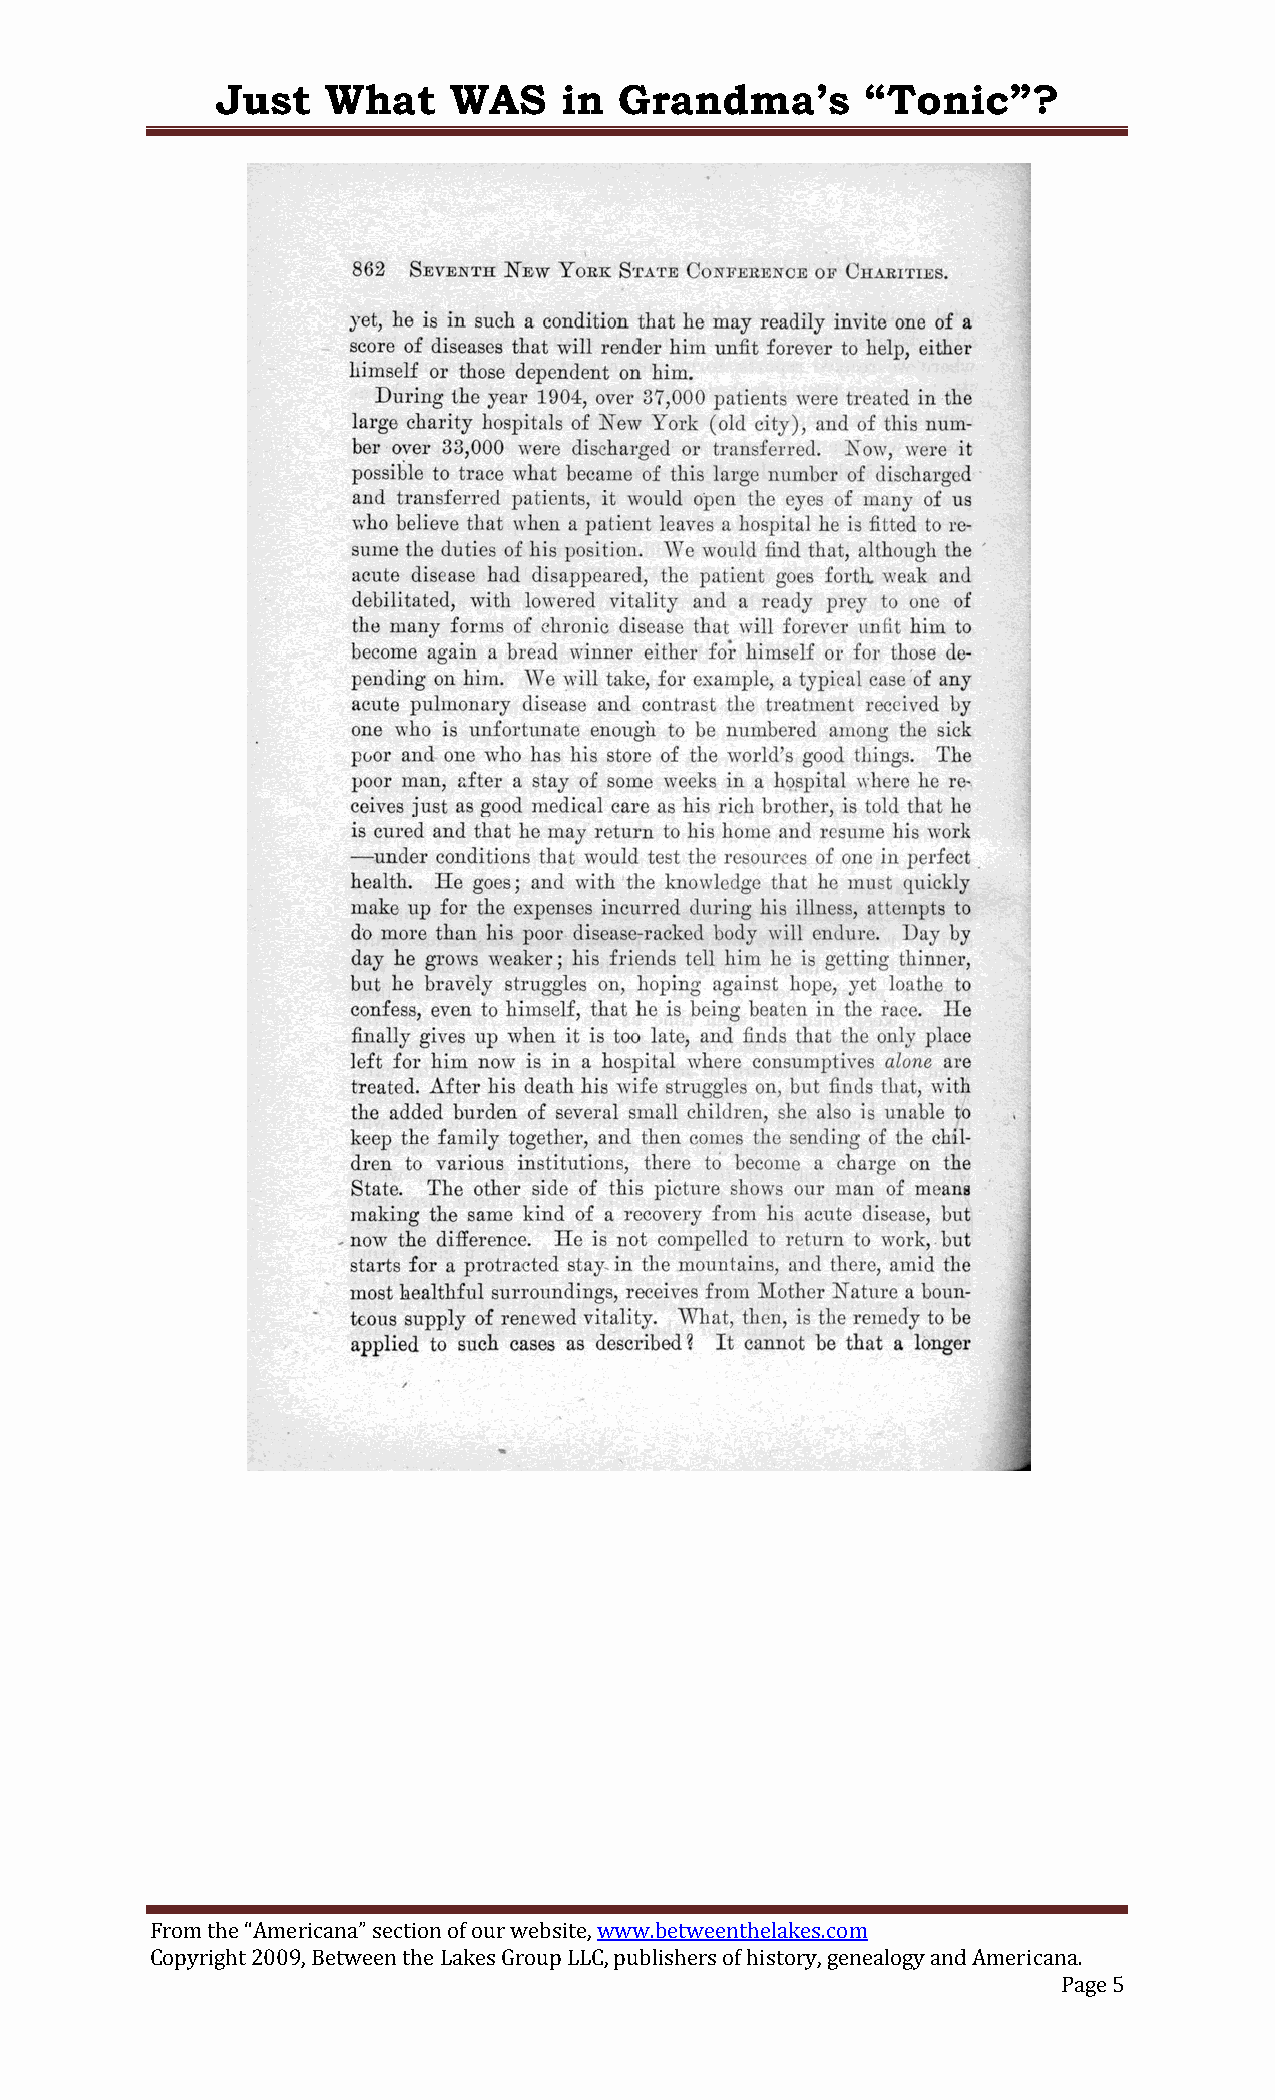
Just    What    WAS    in  Grandma’s       “Tonic”?
 From the “Americana” section of our website, www.betweenthelakes.com
 Copyright 2009, Between the Lakes Group LLC, publishers of history, genealogy and Americana.
 Page 5